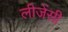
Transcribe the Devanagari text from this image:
लीजेंसी